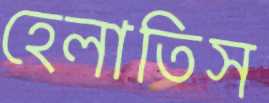
হেলাতিস